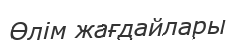
Өлім жағдайлары